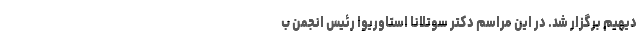
دیهیم برگزار شد. در این مراسم دکتر سوتلانا استاوریوا رئیس انجمن ب